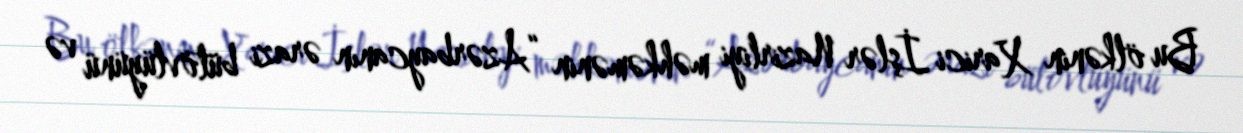
Bu ölkənin Xarici İşlər Nazirliyi məhkəmənin “Azərbaycanın ərazi bütövlüyünü və